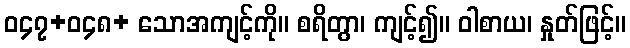
ဝ၄၇+ဝ၄၈+ သောအကျင့်ကို။ စရိတွာ၊ ကျင့်၍။ ဝါစာယ၊ နှုတ်ဖြင့်။